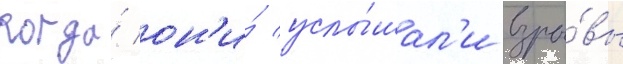
Когда́ он'и́ услы́шал'и взры́вы